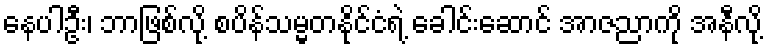
နေပါဦး၊ ဘာဖြစ်လို့ စပိန်သမ္မတနိုင်ငံရဲ့ ခေါင်းဆောင် အာဇညာကို အနီလို့